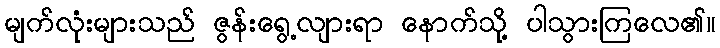
မျက်လုံးများသည် ဇွန်းရွေ့လျားရာ နောက်သို့ ပါသွားကြလေ၏။